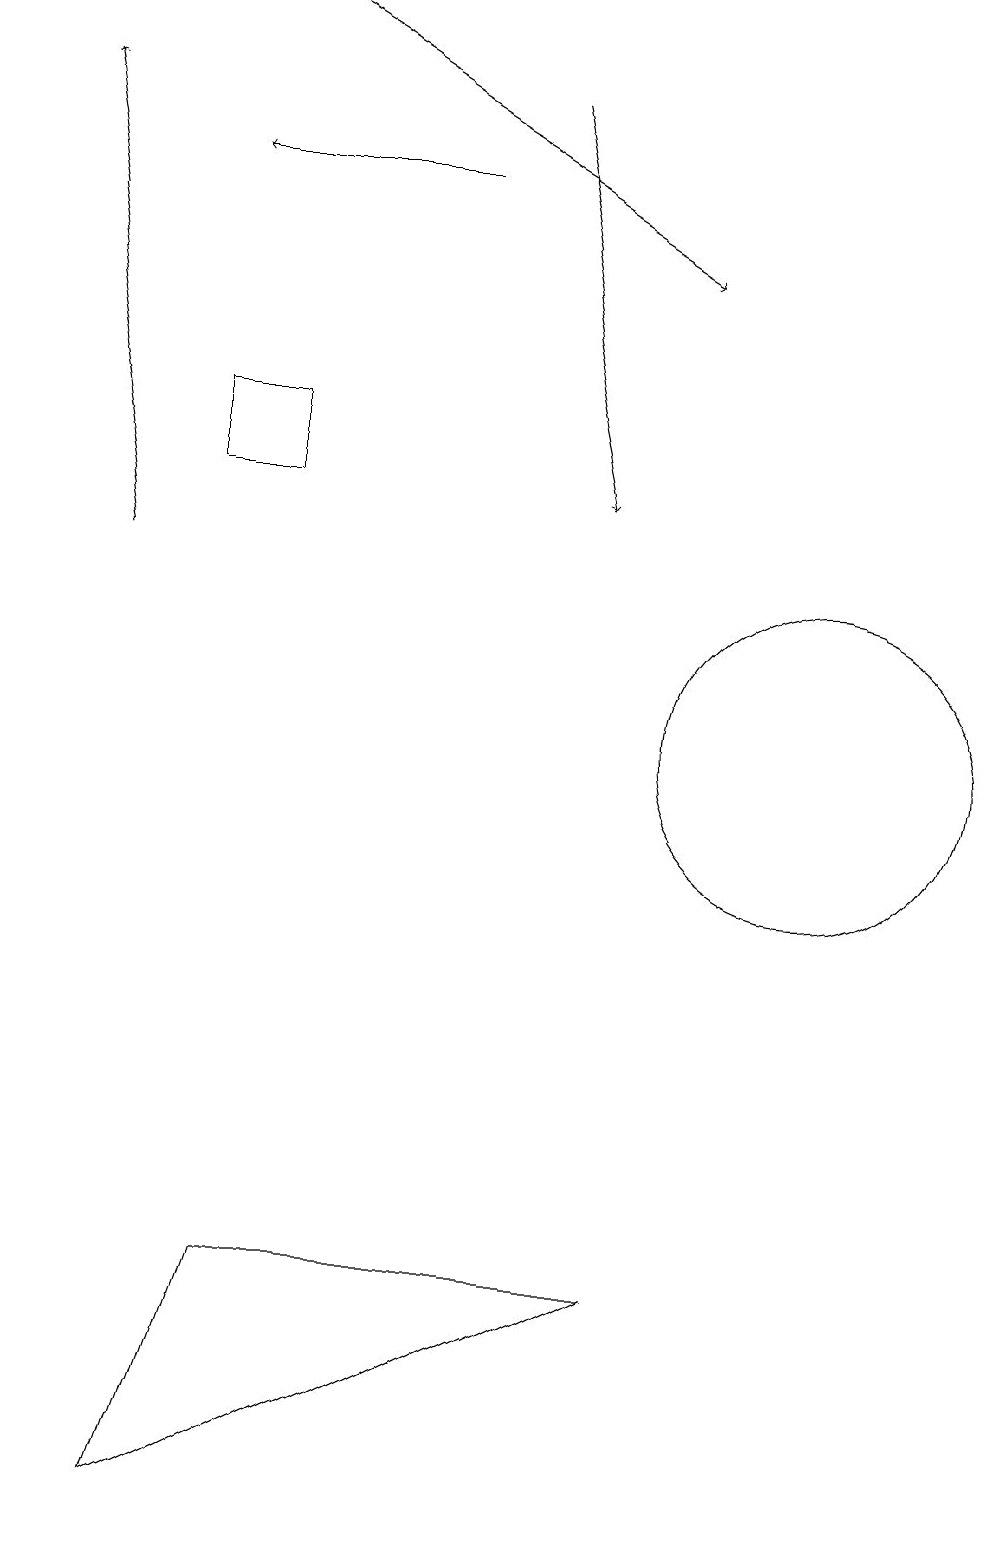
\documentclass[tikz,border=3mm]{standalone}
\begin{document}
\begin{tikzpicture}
\draw (10,10) circle (2);
\draw[->] (3,19) -- (8,16);
\draw (3,3) -- (2,0) -- (8,3) -- cycle;
\draw[->] (1,12) -- (0,18);
\draw[->] (5,17) -- (2,17);
\draw[->] (6,18) -- (7,13);
\draw (3,14) rectangle (2,13);
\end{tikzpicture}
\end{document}